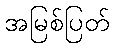
အမြစ်ပြတ်